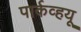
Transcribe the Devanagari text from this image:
पार्कव्हयू